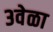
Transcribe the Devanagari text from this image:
३वेळा